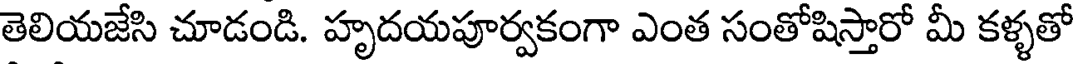
తెలియజేసి చూడండి. హృదయపూర్వకంగా ఎంత సంతోషిస్తారో మీ కళ్ళతో